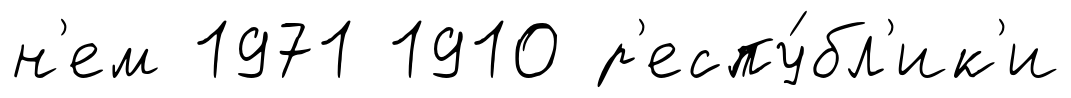
н'ем 1971 1910 р'еспу́бл'ик'и